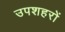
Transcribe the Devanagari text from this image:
उपशहरों